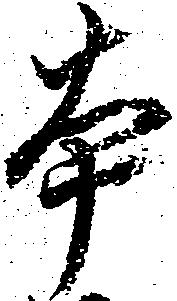
本